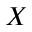
X